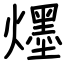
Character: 爅